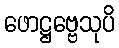
ဖောဋ္ဌဗ္ဗေသုပိ